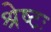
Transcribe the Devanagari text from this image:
श्रेष्टः